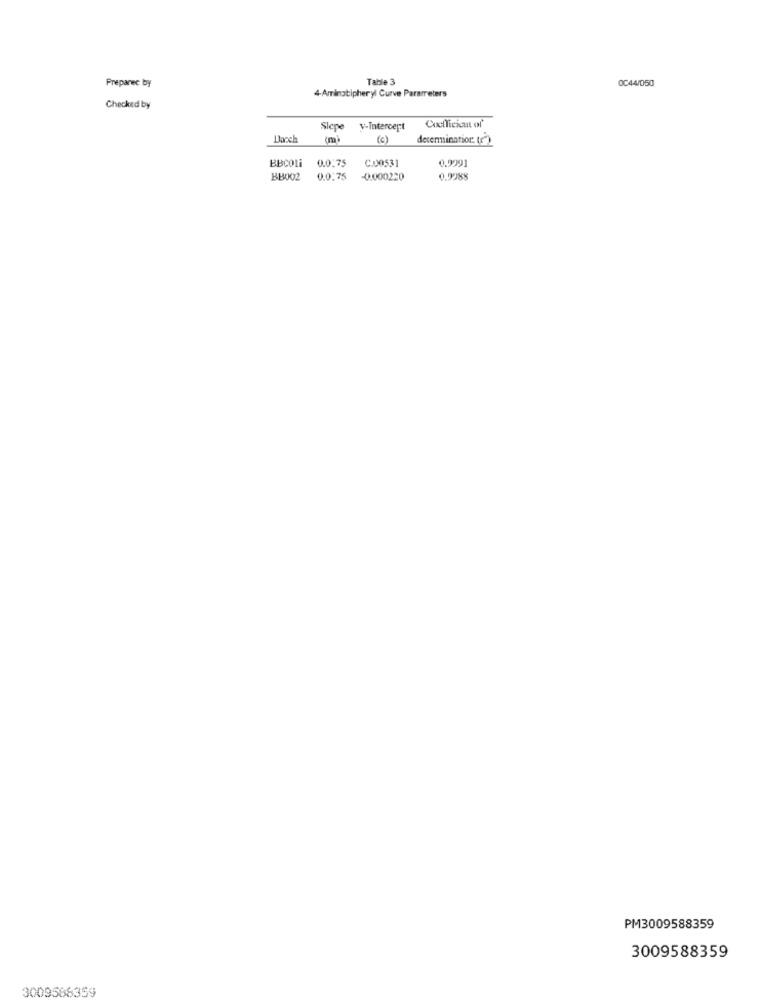
Table 3
0C44/050
Preparec by
4-Aminatipheryl Curve Parameters
Checked by
Slep
y-Intercept
Coefficient of
(c)
determination ()
BBCOLi
0.0.75
C.00531
0,9991
BB002
0.0:75
-0.000220
0.9988
PM3009588359
3009588359
3009568359